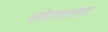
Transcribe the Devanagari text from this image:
सोलरएड